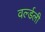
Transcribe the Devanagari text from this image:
वर्ल्डली